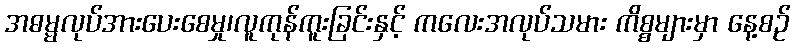
အဓမ္မလုပ်အားပေးစေမှု၊လူကုန်ကူးခြင်းနှင့် ကလေးအလုပ်သမား ကိစ္စများမှာ နေ့စဉ်